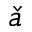
\check { a }